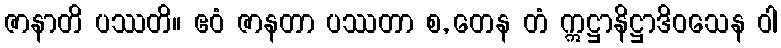
ဇာနာတိ ပဿတိ။ ဧဝံ ဇာနတာ ပဿတာ စ, တေန တံ ဣဋ္ဌာနိဋ္ဌာဒိဝသေန ဝါ